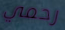
رحمي